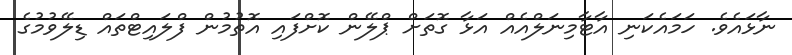
ނާޅައެވެ. ހަމައެކަނި އާޓާމިނަލްއެއް އަޅާ ގޮތަށް ޕްލޭން ކޮށްފައި އޮތުމުން ފްލައިޓްތައް ޑިލޭވުމުގެ